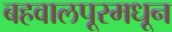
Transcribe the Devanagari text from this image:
बहवालपूरमधून